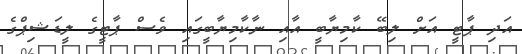
އަދި ޕާޓީ އަށް ލިބޭ ކާމިޔާބީ އާއި ނާކާމިޔާބީގައި ވެސް ޕާޓީގެ ލީޑަޝިޕްގެ